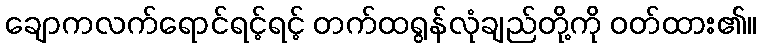
ချောကလက်ရောင်ရင့်ရင့် တက်ထရွန်လုံချည်တို့ကို ဝတ်ထား၏။